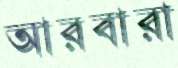
আরবারা